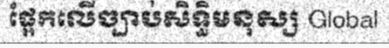
ផ្អែកលើច្បាប់សិទ្ធិមនុស្ស Global